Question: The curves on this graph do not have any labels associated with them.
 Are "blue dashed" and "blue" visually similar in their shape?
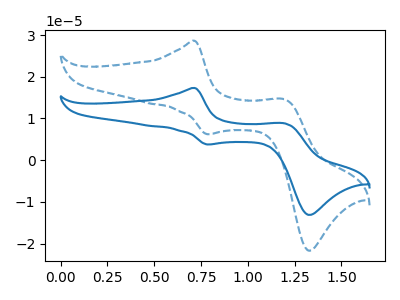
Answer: <think>The blue curve "blue" has anodic peaks at (0.70V, 17.30uA) (1.20V, 8.80uA) and cathodic peaks at (0.80V, 3.75uA) (1.35V, -13.10uA). The blue dashed curve "blue dashed" has anodic peaks at (0.70V, 28.60uA) (1.20V, 14.55uA) and cathodic peaks at (0.80V, 6.20uA) (1.35V, -21.70uA).
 All the peaks in "blue dashed" have a peak in "blue" at the same potential.</think>
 <answer>"blue dashed" and "blue" are similar in shape.</answer>
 <eval>same_shape</eval>